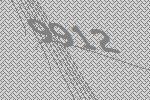
9912